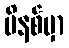
မိနစ်မှာ